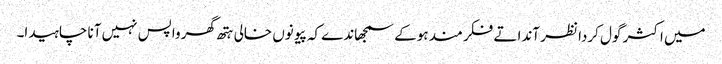
میں اکثر گول کردا نظر آندا تے فکر مند ہوکے سمجھاندے کہ پیو نوں خالی ہتھ گھر واپس نہیں آنا چاہیدا۔